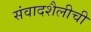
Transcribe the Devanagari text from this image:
संवादशैलीची